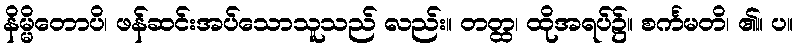
နိမ္မိတောပိ၊ ဖန်ဆင်းအပ်သောသူသည် လည်း။ တတ္ထ၊ ထိုအရပ်၌။ စင်္ကမတိ၊ ၏။ ပ။